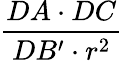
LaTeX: \frac{DA\cdot DC}{DB^{\prime}\cdot r^{2}}